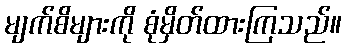
မျက်စိများကို စုံမှိတ်ထားကြသည်။